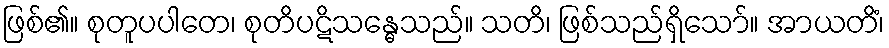
ဖြစ်၏။ စုတူပပါတေ၊ စုတိပဋိသန္ဓေသည်။ သတိ၊ ဖြစ်သည်ရှိသော်။ အာယတိံ၊